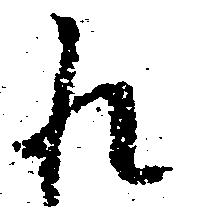
れ